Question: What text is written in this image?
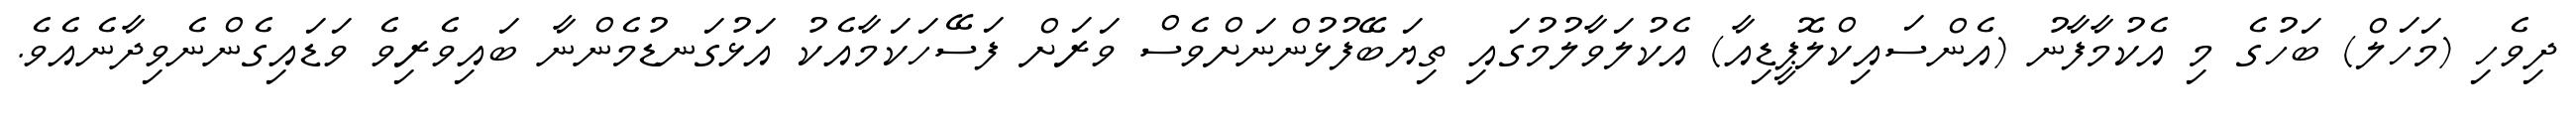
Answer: ދިވެހި (މަހަލް) ބަހުގެ މި އެކުމާފާނު (އެންސައިކްލޮޕީޑިއާ) އެކުލަވާލުމުގައި ތިޔަބޭފުޅުންނަށްވެސް ވަރަށް ފަސޭހަކަމާއެކު އަޅުގަނޑުމެންނާ ބައިވެރިވެ ވަޑައިގެންނެވިދާނެއެވެ.